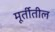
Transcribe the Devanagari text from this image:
मूर्तीतील